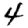
Digit: 4